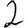
Digit: 2